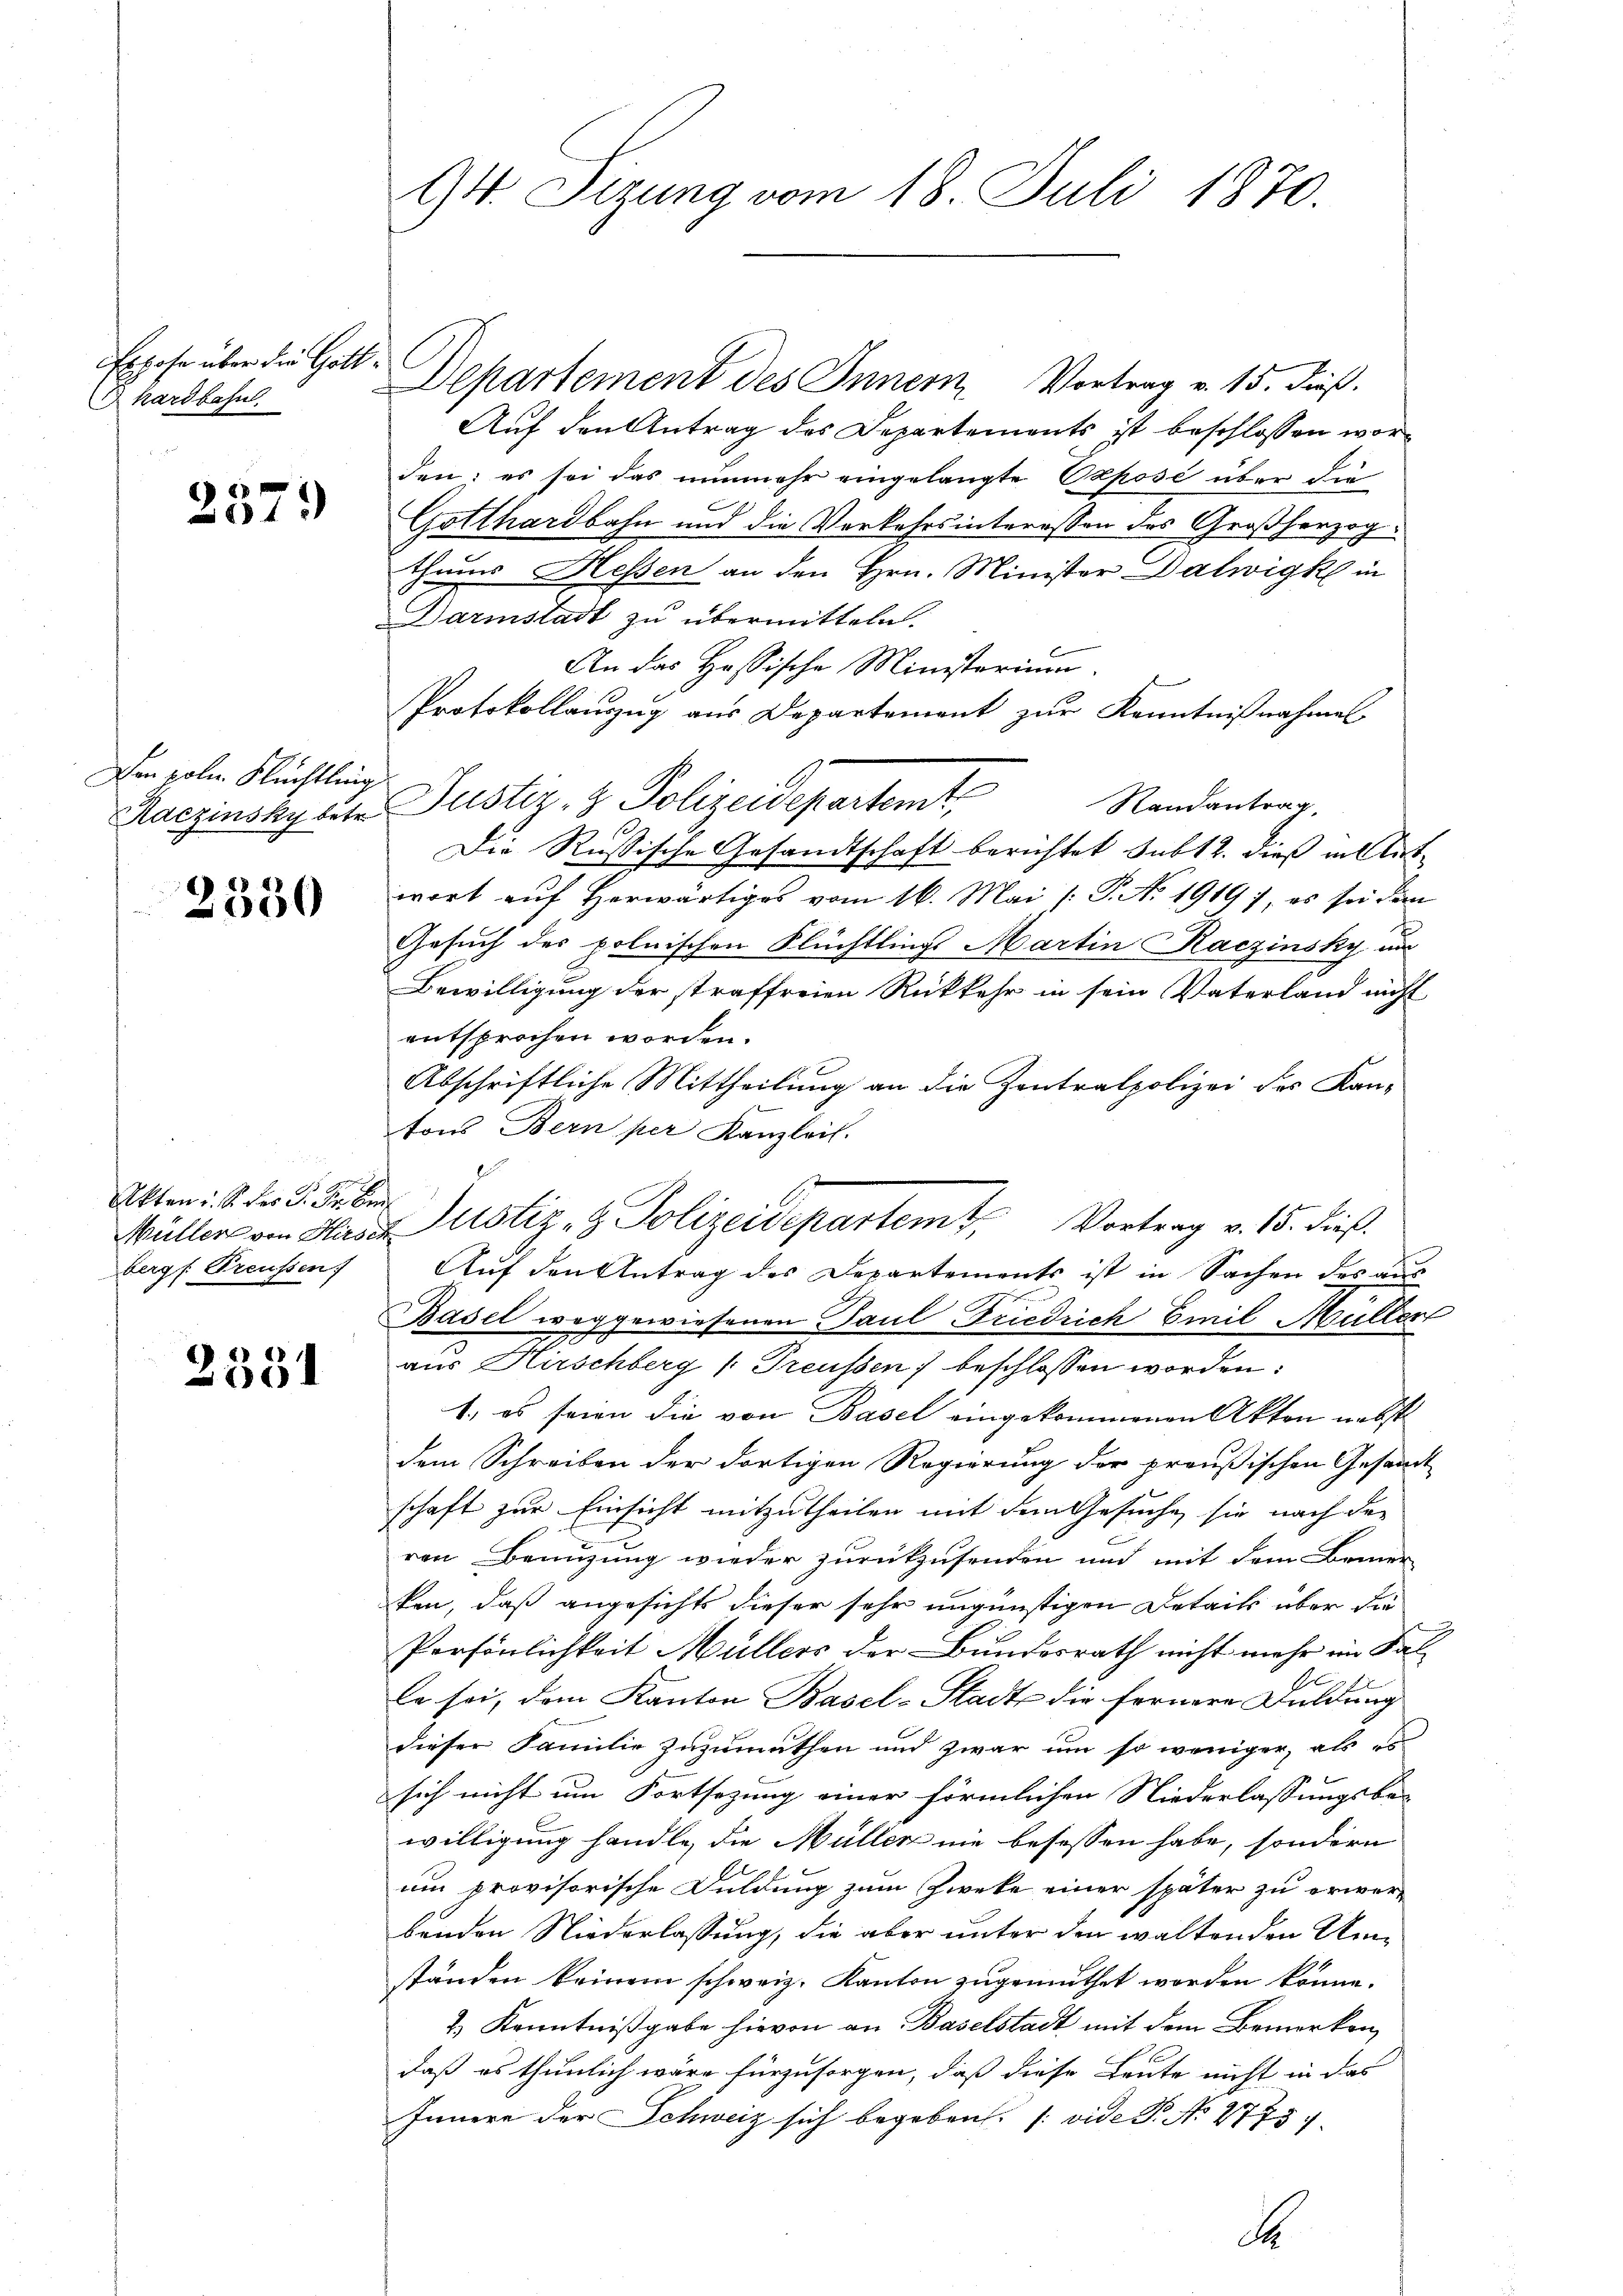
Expose über die Gotthardbahn.

237.

Den poln. Flüchtling

2530

Akten u. S. des P. Fr. be
berg Preussen

2351

94 Sizung vom 18. Juli 1870.

Auf den Antrag des Departements ist beschlossen worden; es sei das nunmehr eingelangte Opposé über die
Gotthardbahn und die Vorkehrsinteressen des Großherzog
thums Heßen an den Hrn. Minister Dalwigk in
Darmstadt zu übermitteln.
An das Hassische Ministerium.
f
Protokollaŭszŭg aŭs Departement zŭr Kenntniβnahme
Randantrag,
Kaczinsky beter Justiz- & Polizeidepartemt
Die Russische Gesandtschaft berichtet subt 2. dieß in Antwort auf herwärtiges vom 16. Mai /: P. No. 1919), es sei dem
Gesuch des polnischen Flüchtlings Martin Kaczinsky un
Bewilligung der straffreien Rückkehr in sein Vaterland nicht
entsprochen worden.
Abschriftliche Mittheilung an die Zentralpolizei des Kan-
tons Bern per Kanzlei.
l
Aŭf den Antrag des Departements ist in Sachen des aŭs
Basel weggewiesenen Paul Friedrich Emil Müller
2
aus Naschberg (Treussen) beschlossen worden:
1., es seien die von Basel eingekommenen Akten nebst
dem Schreiben der dortigen Regierung der preußischen Gesammt
schaft zur Einsicht mitzutheilen mit dem Gesuche sie nach der
ren Benuzung wieder zurückzusenden und mit dem Bemer-
ken, daß angesichts dieser sehr ungünstigen Details über die
Persönlichkeit Müllers der Bundesrath nicht mehr im Fal-
le sei, dem Kanton Basel-Stadt die fernere Duldung
dieser Familie zuzumuthen und zwar um so weniger, als es
sich nicht um Fortsezung einer förmlichen Niederlassungsbe-
willigung handle, die Müller nie besassen habe, sondern
um provisorische Duldung zum Zweke einer später zu erwerbenden Niederlassung, die aber unter den waltenden Umständen keinem schweiz. Kanton zugemuthet worden könne.
2.) Kenntnißgabe hievon an Baselstadt mit dem Bemerken,
daß es thunlich wäre fürzusorgen, daß diese Leute nicht in das
Innere der Schweiz sich begeben. (vide P. No 1775.
d

Departement des Innern, Vortrag v. 15. dieß.

Müller von Huser Justiz- & Polizeidepartem Vortrag v. 15. dieß.